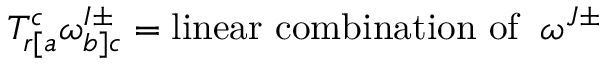
T _ { r [ a } ^ { c } \omega _ { b ] c } ^ { I \pm } = \mathrm { l i n e a r ~ c o m b i n a t i o n ~ o f } \; \; \omega ^ { J \pm }